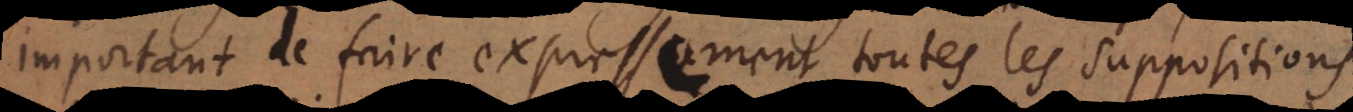
important de faire expressement toutes les suppositions